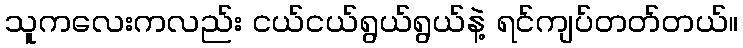
သူကလေးကလည်း ငယ်ငယ်ရွယ်ရွယ်နဲ့ ရင်ကျပ်တတ်တယ်။